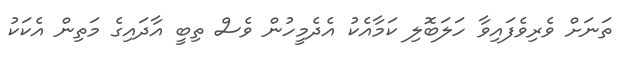
ތަނަށް ވެރިވެފައިވާ ހަލަބޮލި ކަމާއެކު އެދެމީހުން ވެސް ތިބީ އާދައިގެ މަތިން އެކަކު